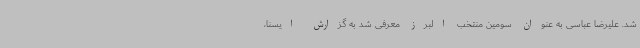
شد. علیرضا عباسی به عنوان سومین منتخب البرز معرفی شد به گزارش ایسنا،